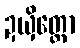
ဍယှိတ္ထော